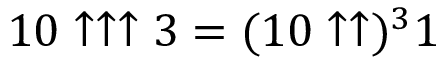
1 0 \uparrow \uparrow \uparrow 3 = ( 1 0 \uparrow \uparrow ) ^ { 3 } 1